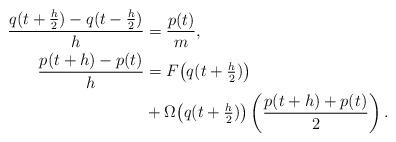
LaTeX: \begin{align*} \frac{q(t+\tfrac{h}{2})-q(t-\tfrac{h}{2})}{h} &= \frac{p(t)}{m}, \\ \frac{p(t+h)-p(t)}{h} &= F \big( q(t+\tfrac{h}{2}) \big) \\ &+ \Omega \big( q(t+\tfrac{h}{2}) \big) \left( \frac{p(t+h)+p(t)}{2} \right) .\end{align*}